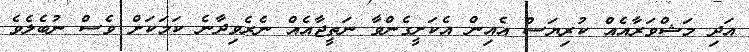
އަދި މަޝްވަރާއެއް ކުރިޔަސް އެއިން އެކަށީގެންވާ ނަތީޖާއެއް ނެރެވިދާނެ ކަމަކަށް ވެސް ނުބެލެވެ